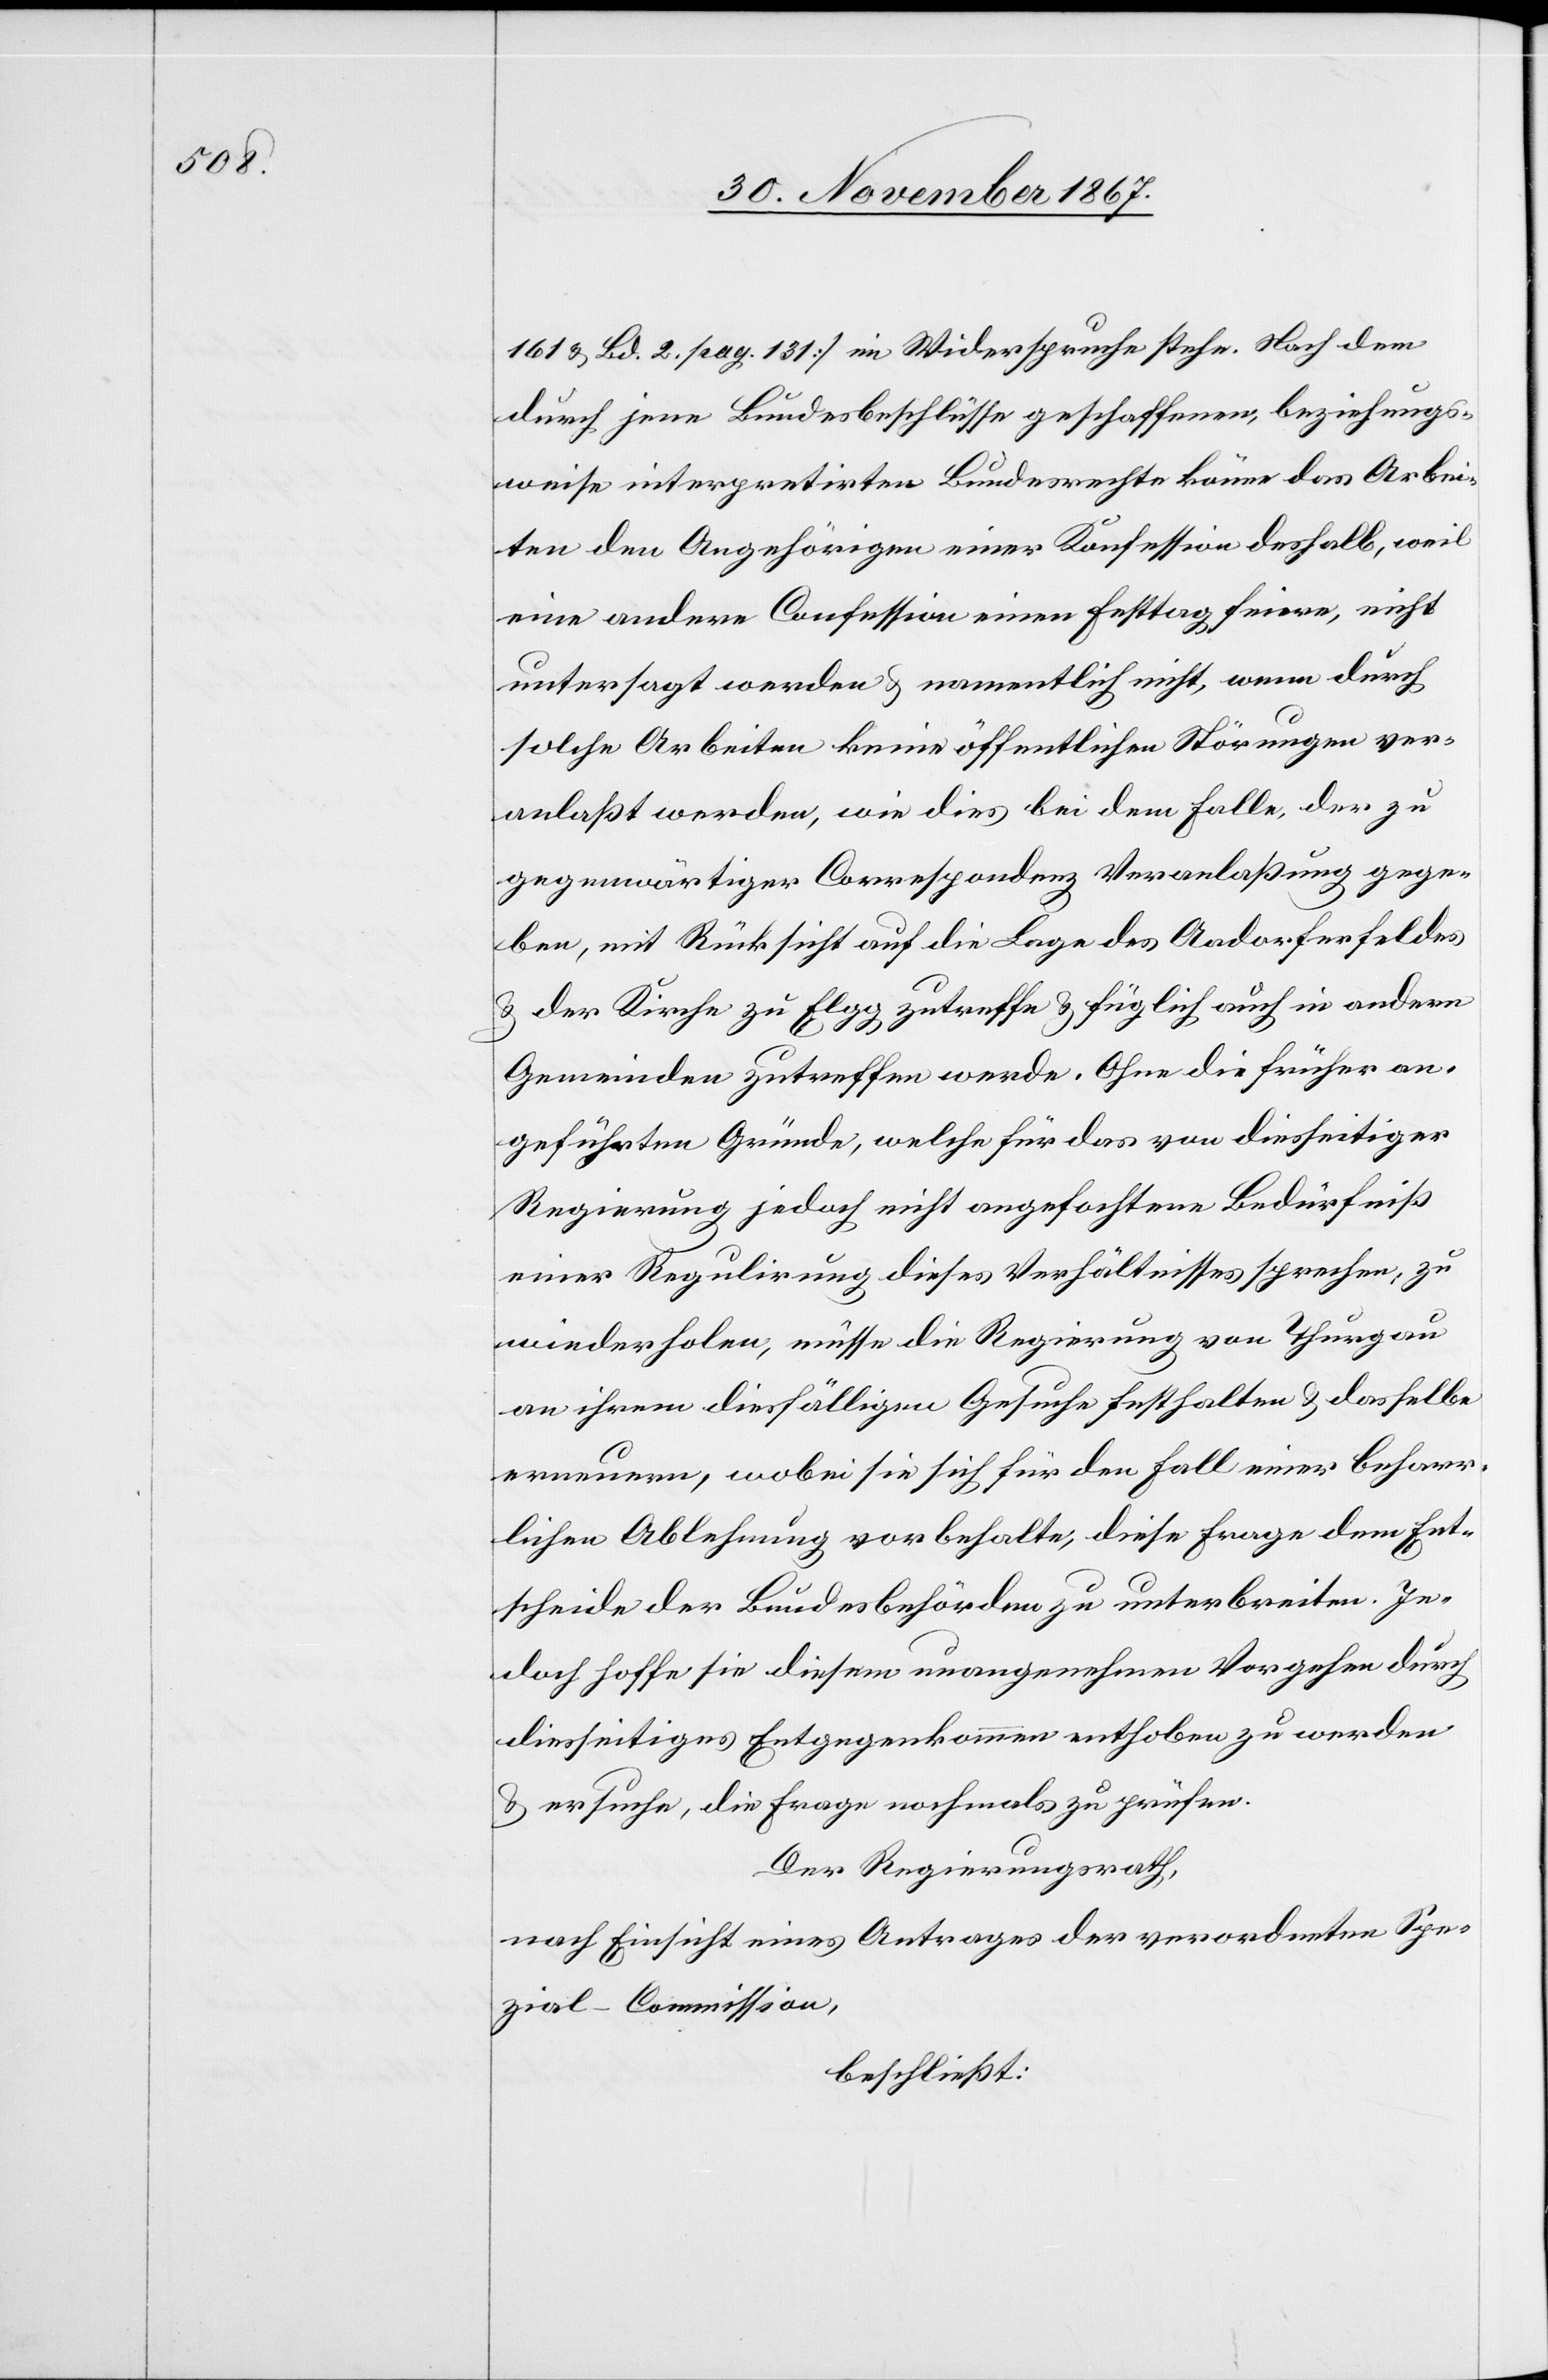
161 u. Bd. 2 pag. 131] im Widerspruche stehe. Nach dem
durch jene Bundesbeschlüsse geschaffenen, beziehungs¬
weise interpretirten Bundesrechte könne das Arbei¬
ten den Angehörigen einer Konfession deshalb, weil
eine andere Confession einen Festtag feiere, nicht
untersagt werden u. namentlich nicht, wenn durch
solche Arbeiten keine öffentlichen Störungen ver¬
anlaßt werden, wie dies bei dem Falle, der zu
gegenwärtiger Correspondenz Veranlaßung gege¬
ben, mit Rücksicht auf die Lage des Aadorferfeldes
u. der Kirche zu Elgg zutreffe u. füglich auch in andern
Gemeinden zutreffen werde. Ohne die früher an¬
geführten Gründe, welche für das von diesseitiger
Regierung jedoch nicht angefochtene Bedürfniß
einer Regulirung dieses Verhältnisses sprechen, zu
wiederholen, müsse die Regierung von Thurgau
an ihrem diesfälligen Gesuche festhalten u. dasselbe
erneuern, wobei sie sich für den Fall einer beharr¬
lichen Ablehnung vorbehalte, diese Frage dem Ent¬
scheide der Bundesbehörden zu unterbreiten. Je¬
doch hoffe sie diesem unangenehmen Vorgehen durch
diesseitiges Entgegenkommen enthoben zu werden
u. ersuche, die Frage nochmals zu prüfen.
Der Regierungsrath,
nach Einsicht eines Antrages der verordneten Spe¬
zial-Commission,
beschließt: